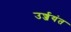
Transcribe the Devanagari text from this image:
उर्ज्जयंत